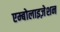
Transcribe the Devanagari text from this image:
एम्बोलाइज़ेशन